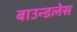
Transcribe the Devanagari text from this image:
बाउन्डलेस